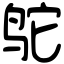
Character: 鸵